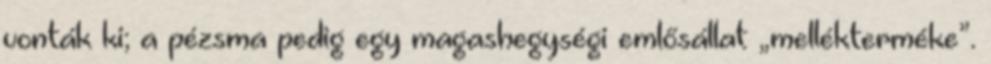
vonták ki; a pézsma pedig egy magashegységi emlősállat „mellékterméke”.